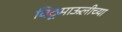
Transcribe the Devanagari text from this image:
विठूमाऊलीच्या